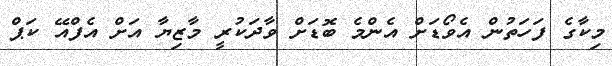
މިކާގެ ފަހަތުން އެވޯޑަށް އެންމެ ބޮޑަށް ވާދަކުރީ މާޒިޔާ އަށް އެފްއޭ ކަޕް